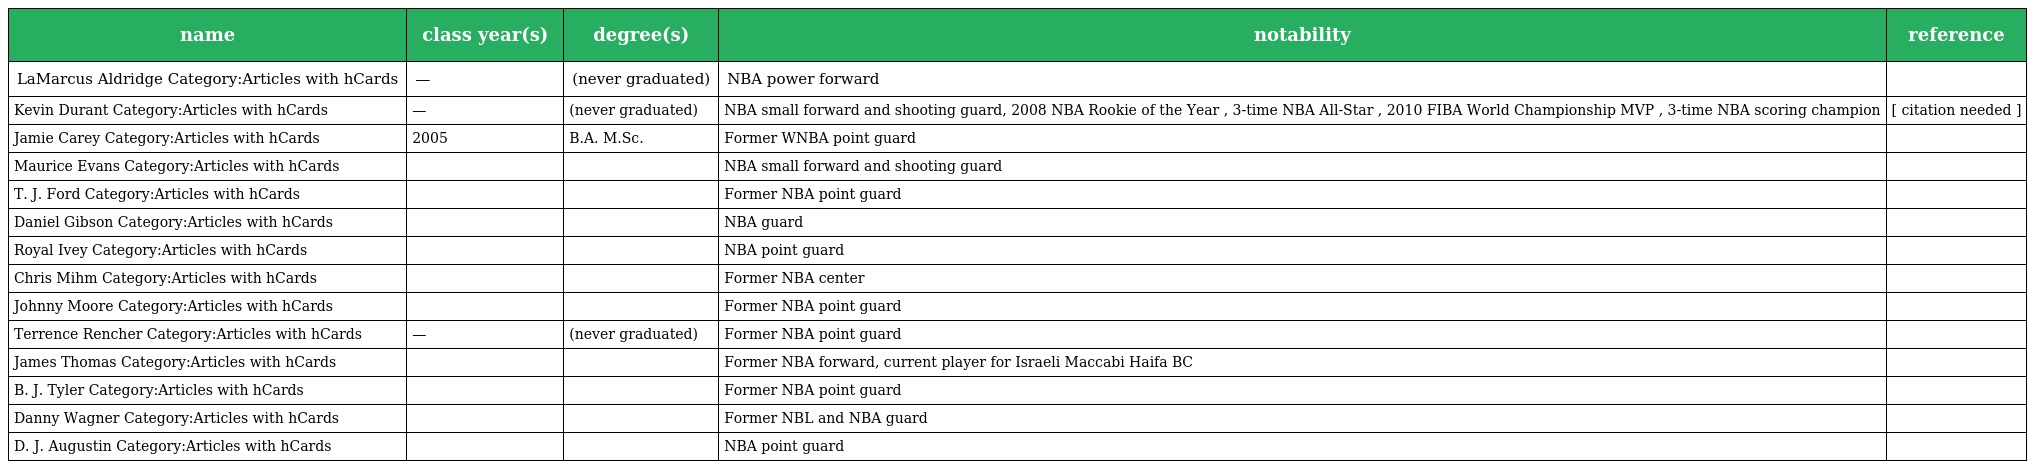
| name | class year(s) | degree(s) | notability | reference |
 | --- | --- | --- | --- | --- |
 | LaMarcus Aldridge Category:Articles with hCards | — | (never graduated) | NBA power forward |  |
 | Kevin Durant Category:Articles with hCards | — | (never graduated) | NBA small forward and shooting guard, 2008 NBA Rookie of the Year , 3-time NBA All-Star , 2010 FIBA World Championship MVP , 3-time NBA scoring champion | [ citation needed ] |
 | Jamie Carey Category:Articles with hCards | 2005 | B.A. M.Sc. | Former WNBA point guard |  |
 | Maurice Evans Category:Articles with hCards |  |  | NBA small forward and shooting guard |  |
 | T. J. Ford Category:Articles with hCards |  |  | Former NBA point guard |  |
 | Daniel Gibson Category:Articles with hCards |  |  | NBA guard |  |
 | Royal Ivey Category:Articles with hCards |  |  | NBA point guard |  |
 | Chris Mihm Category:Articles with hCards |  |  | Former NBA center |  |
 | Johnny Moore Category:Articles with hCards |  |  | Former NBA point guard |  |
 | Terrence Rencher Category:Articles with hCards | — | (never graduated) | Former NBA point guard |  |
 | James Thomas Category:Articles with hCards |  |  | Former NBA forward, current player for Israeli Maccabi Haifa BC |  |
 | B. J. Tyler Category:Articles with hCards |  |  | Former NBA point guard |  |
 | Danny Wagner Category:Articles with hCards |  |  | Former NBL and NBA guard |  |
 | D. J. Augustin Category:Articles with hCards |  |  | NBA point guard |  |